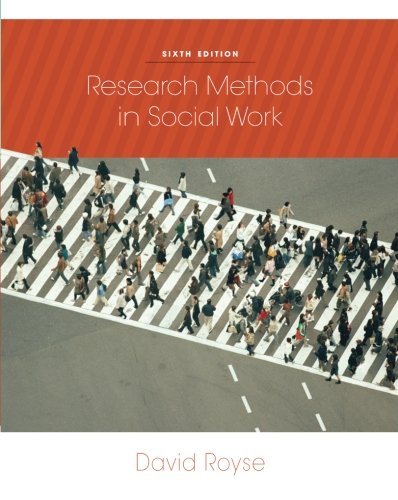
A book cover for Research Methods in Social Work, 6th Edition; David Royse; Politics & Social Sciences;